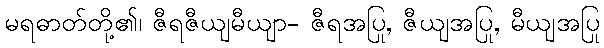
မရဓာတ်တို့၏၊ ဇီရဇီယျမီယျာ- ဇီရအပြု, ဇီယျအပြု, မီယျအပြု